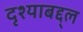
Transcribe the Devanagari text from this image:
दृश्याबद्द्ल